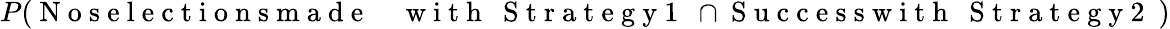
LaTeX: \begin{array}{rl}{P(\mathrm{~N~o~s~e~l~e~c~t~i~o~n~s~m~a~d~e~}}&{{}\mathrm{~w~i~t~h~\textbf~{~S~t~r~a~t~e~g~y~1~}~}\cap\mathrm{~S~u~c~c~e~s~s~w~i~t~h~\textbf~{~S~t~r~a~t~e~g~y~2~}~})}\end{array}